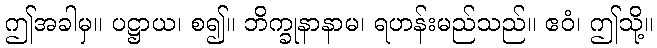
ဤအခါမှ။ ပဋ္ဌာယ၊ စ၍။ ဘိက္ခုနာနာမ၊ ရဟန်းမည်သည်။ ဧဝံ၊ ဤသို့။